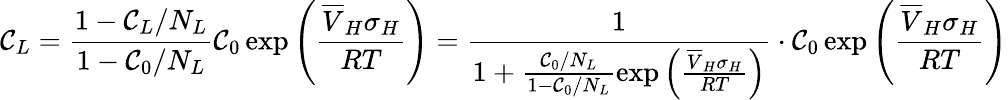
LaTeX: \mathcal{C}_{L}=\frac{{1-\mathcal{C}_{L}/N_{L}}}{{1-\mathcal{C}_{0}/N_{L}}}\mathcal{C}_{0}\, \mathrm{{exp}}\left(\frac{{\overline{{{V}}}_{H}\sigma_{H}}}{{RT}}\right)=\frac{{1}}{{1+\frac{{\mathcal{C}_{0}/N_{L}}}{{1-\mathcal{C}_{0}/N_{L}}}\mathrm{{exp}}\left(\frac{{\overline{{{V}}}_{H}\sigma_{H}}}{{RT}}\right)}}\cdot\mathcal{C}_{0}\, \mathrm{{exp}}\left(\frac{{\overline{{{V}}}_{H}\sigma_{H}}}{{RT}}\right)